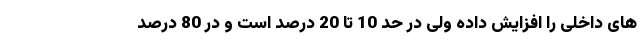
های داخلی را افزایش داده ولی در حد 10 تا 20 درصد است و در 80 درصد